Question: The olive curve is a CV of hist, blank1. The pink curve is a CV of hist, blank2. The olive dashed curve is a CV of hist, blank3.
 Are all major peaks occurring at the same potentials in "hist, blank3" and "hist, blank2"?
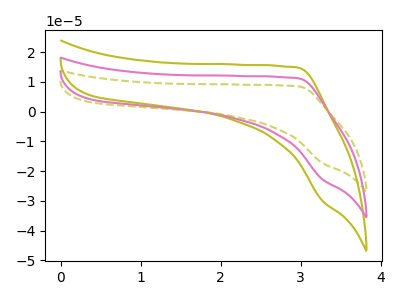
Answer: <think>The olive curve "hist, blank1" has no peaks. The pink curve "hist, blank2" has no peaks. The olive dashed curve "hist, blank3" has no peaks.</think>
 <answer>Niether CV has any peaks.</answer>
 <eval>blanks</eval>